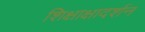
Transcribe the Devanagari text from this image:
शिक्षाक्षादर्शन